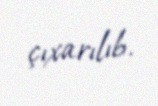
çıxarılıb.